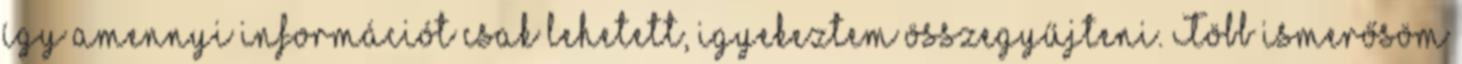
így amennyi információt csak lehetett, igyekeztem összegyűjteni. Több ismerősöm